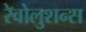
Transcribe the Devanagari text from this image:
रेवोलुशन्स